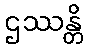
ဌဿန္တိ